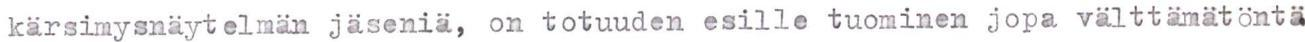
kärsimysnäytelmän jäseniä, on totuuden esille tuominen jopa välttämätöntä